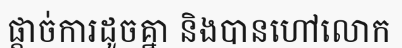
ផ្តាច់ការដូចគ្នា និងបានហៅលោក